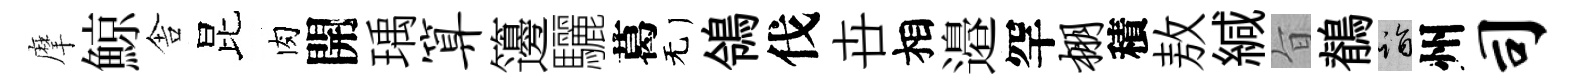
摩鯨舎昆肉開瑀算籩驪葛无鴒伐卋相邉罕棚積敖緘旨鶺诣州司